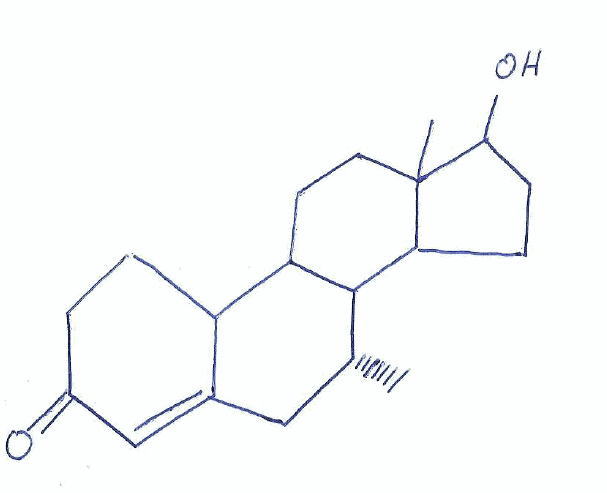
Simplified molecular-input line-entry system (SMILES) notation of the given molecule:
C[C@@H]1CC2=CC(=O)CCC2C3C1C4CCC(C4(CC3)C)O